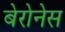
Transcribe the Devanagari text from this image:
बेरोनेस